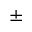
\pm